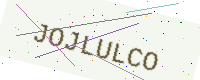
Text: JOJLULCO